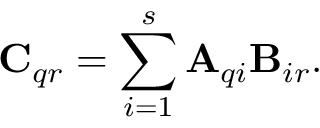
\mathbf { C } _ { q r } = \sum _ { i = 1 } ^ { s } \mathbf { A } _ { q i } \mathbf { B } _ { i r } .